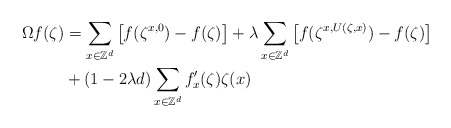
\begin{align*}\Omega f(\zeta)&=\sum_{x\in \mathbb{Z}^d}\big[f(\zeta^{x,0})-f(\zeta)\big]+\lambda\sum_{x\in \mathbb{Z}^d}\big[f(\zeta^{x,U(\zeta,x)})-f(\zeta)\big]\\&+(1-2\lambda d)\sum_{x\in \mathbb{Z}^d}f_x^{\prime}(\zeta)\zeta(x)\end{align*}